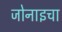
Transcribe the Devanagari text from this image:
जोनाइचा